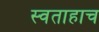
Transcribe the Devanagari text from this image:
स्वताहाच